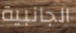
الجانبية